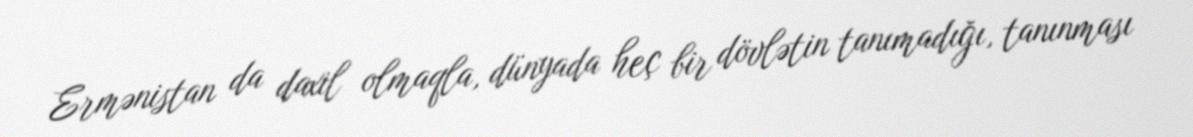
Ermənistan da daxil olmaqla, dünyada heç bir dövlətin tanımadığı, tanınması